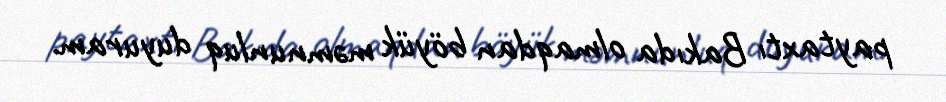
paytaxtı Bakıda olmaqdan böyük məmnunluq duyuram.